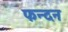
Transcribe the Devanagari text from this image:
फन्दन